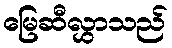
မြေဆီလွှာသည်